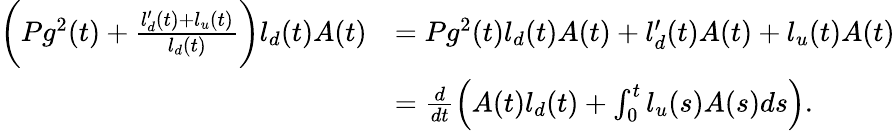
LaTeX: \begin{array}{rl}{\bigg(Pg^{2}(t)+\frac{l_{d}^{\prime}(t)+l_{u}(t)}{l_{d}(t)}\bigg)l_{d}(t)A(t)}&{=Pg^{2}(t)l_{d}(t)A(t)+l_{d}^{\prime}(t)A(t)+l_{u}(t)A(t)}\\ &{=\frac{d}{dt}\left(A(t)l_{d}(t)+\int_{0}^{t}l_{u}(s)A(s)ds\right).}\end{array}